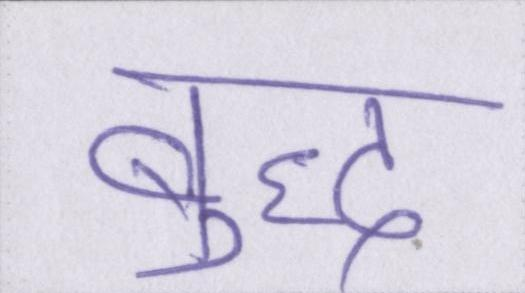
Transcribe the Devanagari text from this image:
बुद्ध